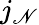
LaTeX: j_{\mathscr{N}}